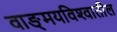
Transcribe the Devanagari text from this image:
वाङ्‌मयविश्‍वातील